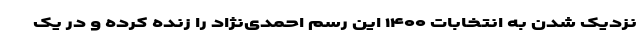
نزدیک شدن به انتخابات ۱۴۰۰ این رسم احمدی‌نژاد را زنده کرده و در یک